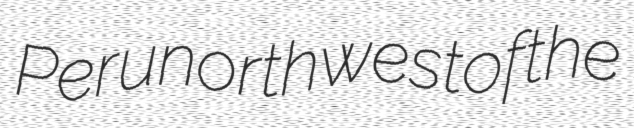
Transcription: Peru northwest of the